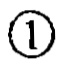
\textcircled{1}